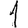
Digit: 1